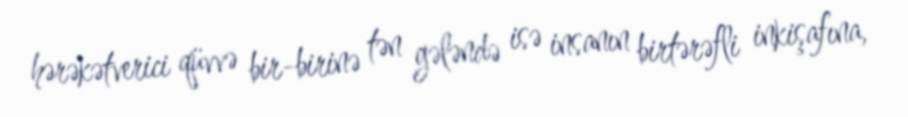
hərəkətverici qüvvə bir-birinə tən gələndə isə insanın birtərəfli inkişafına,